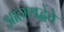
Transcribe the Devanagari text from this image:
आत्मश्रद्धेचे